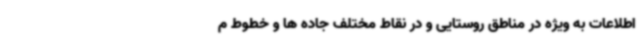
اطلاعات به ویژه در مناطق روستایی و در نقاط مختلف جاده ها و خطوط م